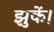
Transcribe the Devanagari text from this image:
झुकें।